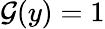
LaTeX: \mathcal{G}(y)=1